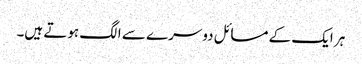
ہر ایک کے مسائل دوسرے سے الگ ہوتے ہیں۔